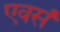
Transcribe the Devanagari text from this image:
एवसं